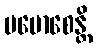
ပမောစေန္တိ